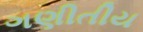
ગણીતીય